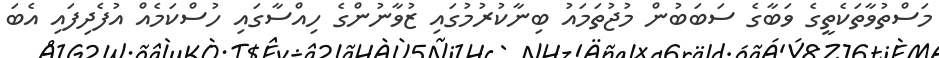
މަސްތުވާތަކެތީގެ ވަބާގެ ސަބަބުން މުޖުތަމައު ބިނާކުރުމުގައި ޒުވާނުންގެ ހިއްސާގައި ހުސްކަމެއް އުފެދިފައި އެބަ